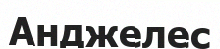
Анджелес